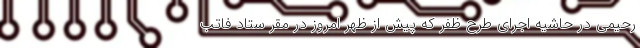
رحیمی در حاشیه اجرای طرح ظفر که پیش از ظهر امروز در مقر ستاد فاتب